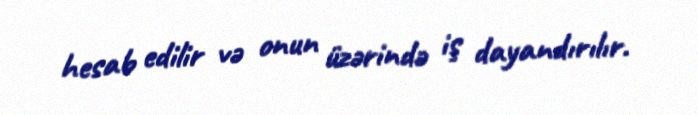
hesab edilir və onun üzərində iş dayandırılır.